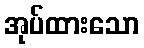
အုပ်ထားသော